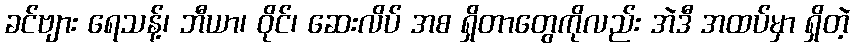
ခင်ဗျား ရေသန့်၊ ဘီယာ၊ ဝိုင်၊ ဆေးလိပ် အစ ရှိတာတွေကိုလည်း အဲဒီ အထပ်မှာ ရှိတဲ့